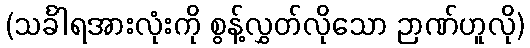
(သင်္ခါရအားလုံးကို စွန့်လွှတ်လိုသော ဉာဏ်ဟူလို)